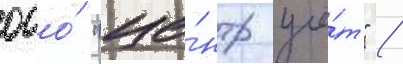
ооо́ "це́нтр учё́т" /